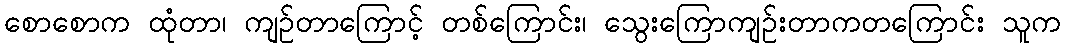
စောစောက ထုံတာ၊ ကျဉ်တာကြောင့် တစ်ကြောင်း၊ သွေးကြောကျဉ်းတာကတကြောင်း သူက